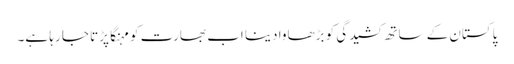
پاکستان کے ساتھ کشیدگی کو بڑھاوا دینا اب بھارت کو مہنگا پڑتا جا رہا ہے۔